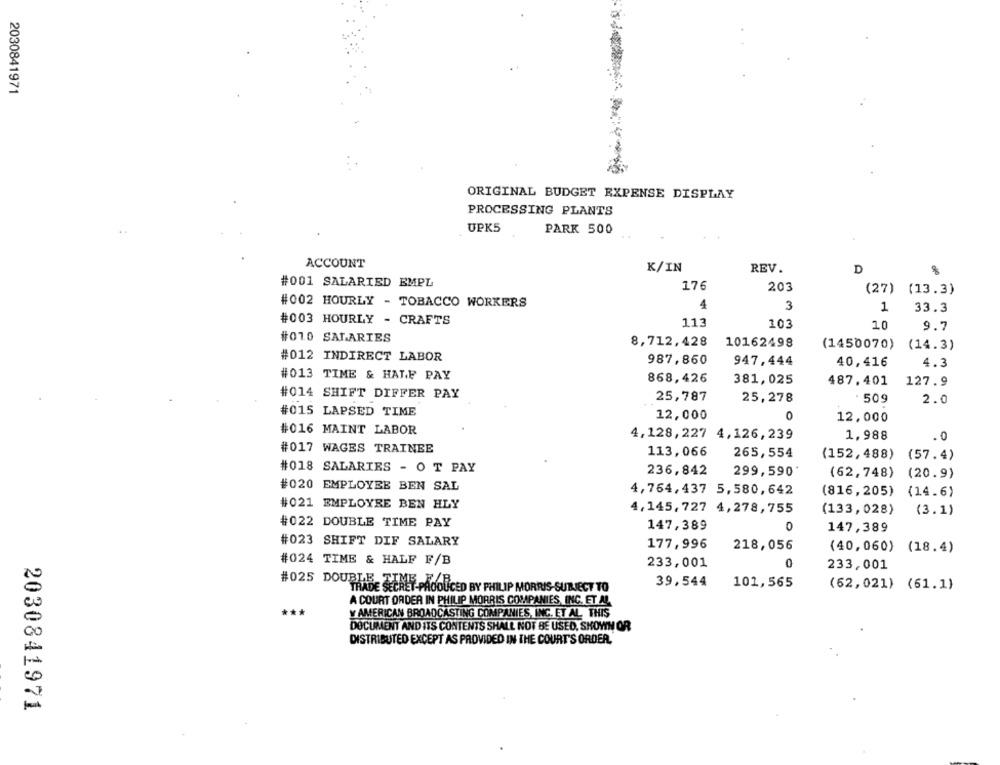
2030841971
ORIGINAL BUDGET EXPENSE DISPLAY
PROCESSING PLANTS
UPK5
PARK 500
ACCOUNT
K/IN
REV.
D
8
#001 SALARIED EMPL
176
203
(27) (13.3)
#002 HOURLY - TOBACCO WORKERS
4
3
1
33.3
#003 HOURLY - CRAFTS
113
103
10
9.7
#010 SALARIES
8,712,428
10162498
(1450070)
(14.3)
#012 INDIRECT LABOR
987,860
947,444
40,416
4.3
#013 TIME & HALF PAY
868,426
381,025
487.401
127.9
#014 SHIFT DIFFER PAY
25,787
25,278
509
2.0
#015 LAPSED TIME
12,000
0
12,000
#016 MAINT LABOR
4,128, 227 4,126,239
1,988
.0
#017 WAGES TRAINEE
113,066
265,554
(152,488)
(57.4)
#018 SALARIES - O T PAY
236,842
299,590
(62,748)
(20.9)
#020 EMPLOYEE BEN SAL
4,764,437 5,580,642
(816,205)
(14.6)
#021 EMPLOYEE BEN HLY
4,145, 727 4,278,755
(133,028)
(3.1)
#022 DOUBLE TIME PAY
147,389
0
147,389
#023 SHIFT DIF SALARY
177, 996
218,056
(40,060)
(18.4)
#024 TIME & HALF F/B
233,001
0
233,001
#025 DOUBLE
39,544
TRADE SECRET-PAOOU
PAGOUCED BY PHILIP MORRIS-SUTLECT TO
101,565
(62,021) (61.1)
A COURT ORDER IN PHILIP MORRIS COMPANIES, INC. ET AL.
***
¥ AMERICAN BROADCASTING COMPANIES, INC. ET AL. THIS
DOCUMENT AND ITS CONTENTS SHALL NOT BE USED, SHOWN OR
DISTRIBUTED EXCEPT AS PROVIDED IN THE COURT'S ORDER."
2030841971